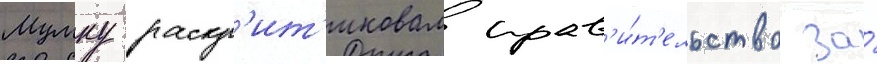
Мумку раскр'ит'иковал прав'и́т'ельство за́